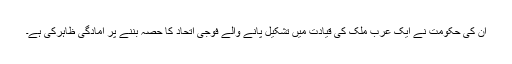
ان کی حکومت نے ایک عرب ملک کی قیادت میں تشکیل پانے والے فوجی اتحاد کا حصہ بننے پر آمادگی ظاہرکی ہے۔